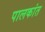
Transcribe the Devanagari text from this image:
पालकांत